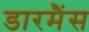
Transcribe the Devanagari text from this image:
डारमैंस